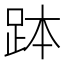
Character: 𧿾